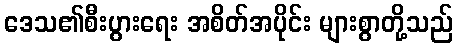
ဒေသ၏စီးပွားရေး အစိတ်အပိုင်း များစွာတို့သည်